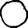
Digit: 0